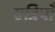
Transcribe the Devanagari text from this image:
एडियाँ